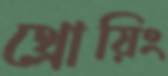
থ্রোয়িং